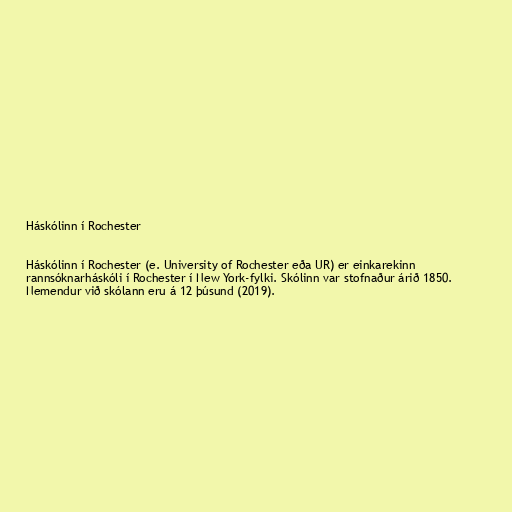
Háskólinn í Rochester

Háskólinn í Rochester (e. University of Rochester eða UR) er einkarekinn
rannsóknarháskóli í Rochester í New York-fylki. Skólinn var stofnaður árið 1850.
Nemendur við skólann eru á 12 þúsund (2019).